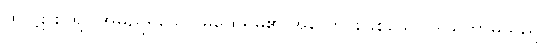
ထိုပဋာစာရာ အမည်ရှိသော မထေရ်မ၏ အလောင်းဖြစ်သော ဒါယိကာမသည်။